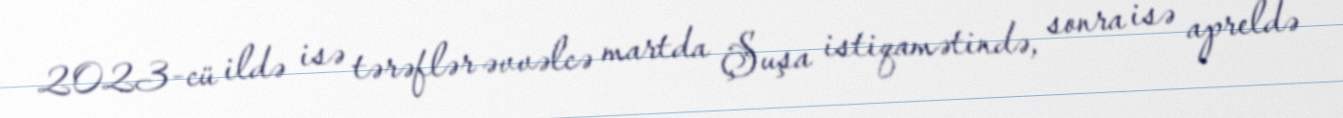
2023-cü ildə isə tərəflər əvvəlcə martda Şuşa istiqamətində, sonra isə apreldə